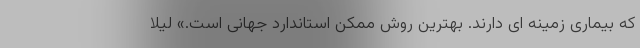
که بیماری زمینه ای دارند. بهترین روش ممکن استاندارد جهانی است.» لیلا